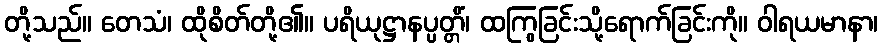
တို့သည်။ တေသံ၊ ထိုစိတ်တို့၏။ ပရိယုဋ္ဌာနပ္ပတ္တိံ၊ ထကြွခြင်းသို့ရောက်ခြင်းကို။ ဝါရယမာနာ၊